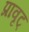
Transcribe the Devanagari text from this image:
प्रावृट्